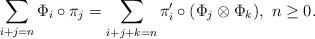
LaTeX: \begin{align*}\sum_{i+j = n} \Phi_i \circ \pi_j = \sum_{i+j+k = n} \pi_i' \circ (\Phi_j \otimes \Phi_k),~ n \geq 0.\end{align*}